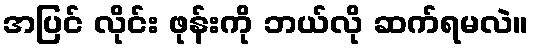
အပြင် လိုင်း ဖုန်းကို ဘယ်လို ဆက်ရမလဲ။